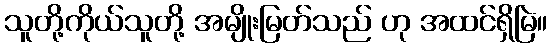
သူတို့ကိုယ်သူတို့ အမျိုးမြတ်သည် ဟု အထင်ရှိမြဲ။